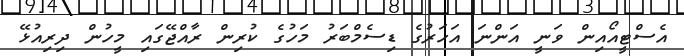
އެސްޓީއޯއިން ވަނީ އަންނަ އަހަރުގެ ޑިސެމްބަރު މަހުގެ ކުރިން ރާއްޖޭގައި މީހުން ދިރިއުޅޭ